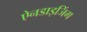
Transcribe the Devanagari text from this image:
ऐनडाइजिंग